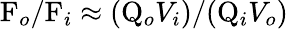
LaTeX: \mathrm{F}_{o}/\mathrm{F}_{i}\approx(\mathrm{Q}_{o}V_{i})/(\mathrm{Q}_{i}V_{o})